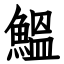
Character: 鰮